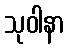
သုဝါနာ